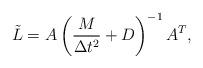
LaTeX: \begin{align*}\tilde{L} = A \left(\frac{M}{\Delta t^2} + D \right)^{-1} A^T,\end{align*}